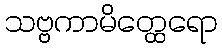
သဗ္ဗကာမိတ္ထေရော